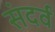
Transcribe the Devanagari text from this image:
संदर्व